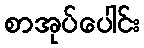
စာအုပ်ပေါင်း